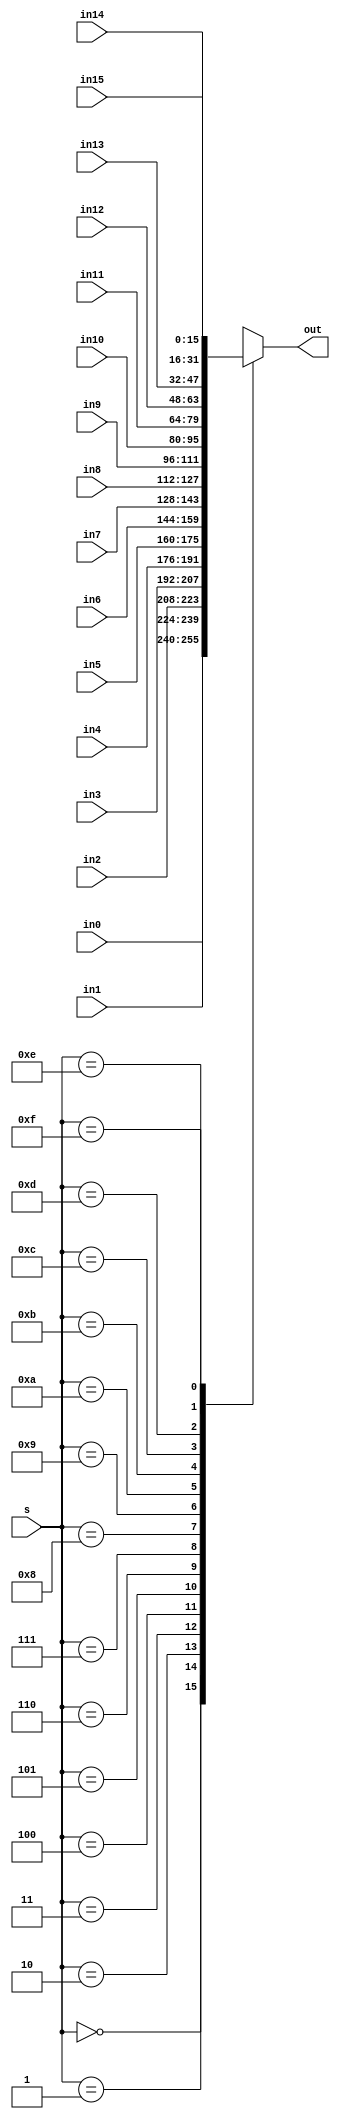

module mux16x1 #
(
  parameter WIDTH = 16
)
(
  input [WIDTH-1:0] in0,
  input [WIDTH-1:0] in1,
  input [WIDTH-1:0] in2,
  input [WIDTH-1:0] in3,
  input [WIDTH-1:0] in4,
  input [WIDTH-1:0] in5,
  input [WIDTH-1:0] in6,
  input [WIDTH-1:0] in7,
  input [WIDTH-1:0] in8,
  input [WIDTH-1:0] in9,
  input [WIDTH-1:0] in10,
  input [WIDTH-1:0] in11,
  input [WIDTH-1:0] in12,
  input [WIDTH-1:0] in13,
  input [WIDTH-1:0] in14,
  input [WIDTH-1:0] in15,
  input [4-1:0] s,
  output [WIDTH-1:0] out
);

  wire [WIDTH-1:0] ins [0:16-1];
  assign ins[0] = in0;
  assign ins[1] = in1;
  assign ins[2] = in2;
  assign ins[3] = in3;
  assign ins[4] = in4;
  assign ins[5] = in5;
  assign ins[6] = in6;
  assign ins[7] = in7;
  assign ins[8] = in8;
  assign ins[9] = in9;
  assign ins[10] = in10;
  assign ins[11] = in11;
  assign ins[12] = in12;
  assign ins[13] = in13;
  assign ins[14] = in14;
  assign ins[15] = in15;
  assign out = ins[s];

endmodule